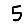
Digit: 5